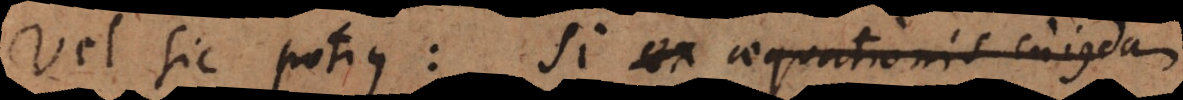
Vel sic potius: Si ex aequationis cujusdam